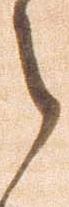
之